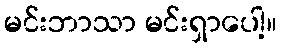
မင်းဘာသာ မင်းရှာပေါ့။